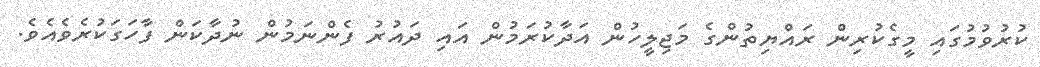
ކުރުވުމުގައި މީގެކުރިން ރައްޔިތުންގެ މަޖިލީހުން އަދާކުރަމުން އައި ދައުރު ފެންނަމުން ނުދާކަން ފާހަގަކުރެވެއެވެ.